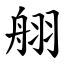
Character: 䎇